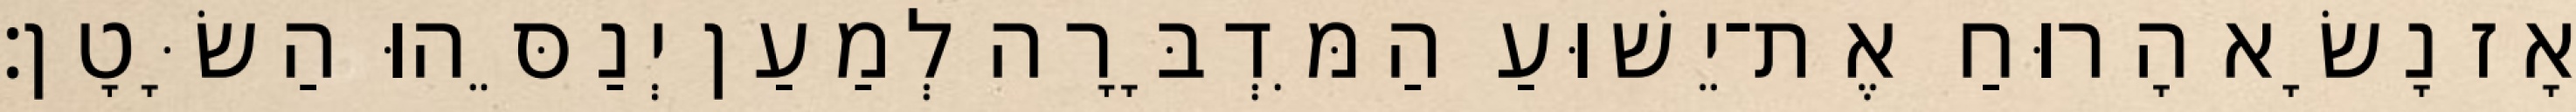
אָז נָשָׂא הָרוּחַ אֶת־יֵשׁוּעַ הַמִּדְבָּרָה לְמַעַן יְנַסֵּהוּ הַשָּׂטָן׃